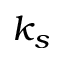
k _ { s }